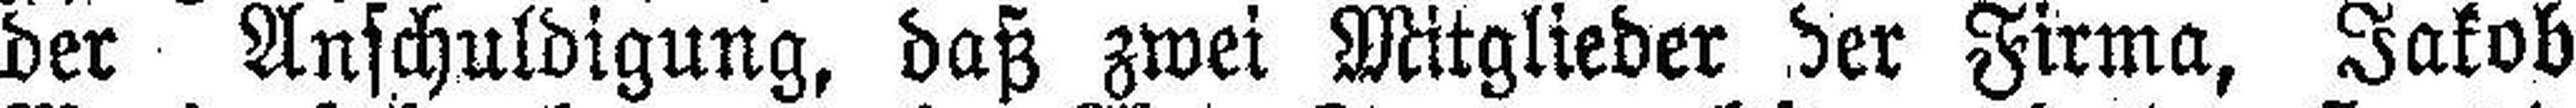
der Anschuldigung, daß zwei Mitglieder der Firma, Jakob